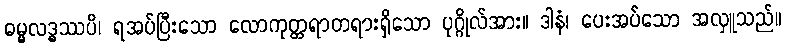
ဓမ္မလဒ္ဓဿပိ၊ ရအပ်ပြီးသော လောကုတ္တရာတရားရှိသော ပုဂ္ဂိုလ်အား။ ဒါနံ၊ ပေးအပ်သော အလှူသည်။